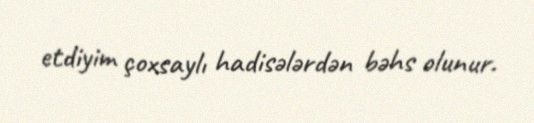
etdiyim çoxsaylı hadisələrdən bəhs olunur.